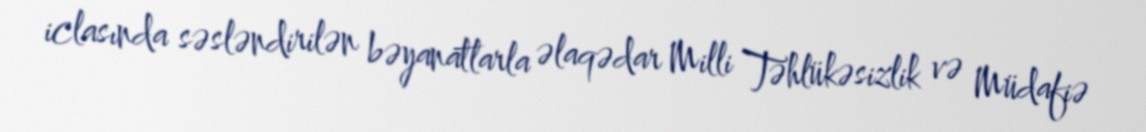
iclasında səsləndirilən bəyanatlarla əlaqədar Milli Təhlükəsizlik və Müdafiə